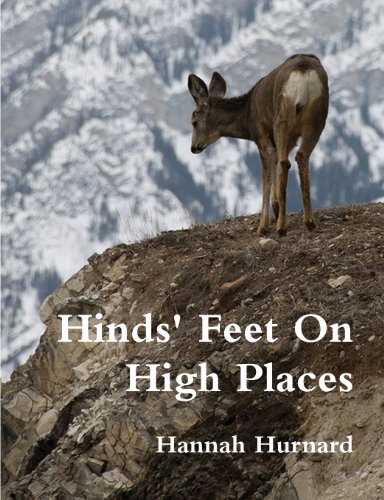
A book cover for Hinds Feet On High Places; Hannah Hurnard; Christian Books & Bibles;